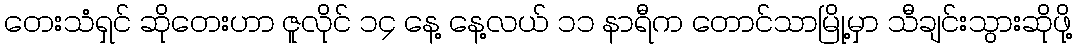
တေးသံရှင် ဆိုတေးဟာ ဇူလိုင် ၁၄ နေ့ နေ့လယ် ၁၁ နာရီက တောင်သာမြို့မှာ သီချင်းသွားဆိုဖို့